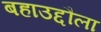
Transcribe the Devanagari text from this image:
बहाउद्दौला